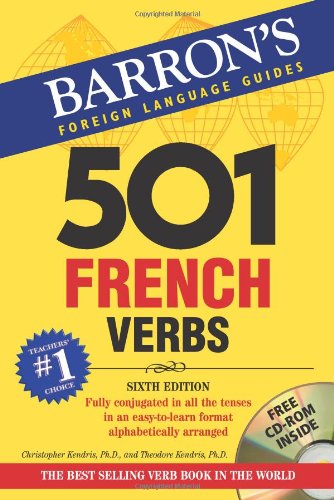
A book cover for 501 French Verbs: with CD-ROM (501 Verbs Series); Christopher Kendris; Travel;